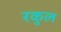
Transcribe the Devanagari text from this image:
रकुल